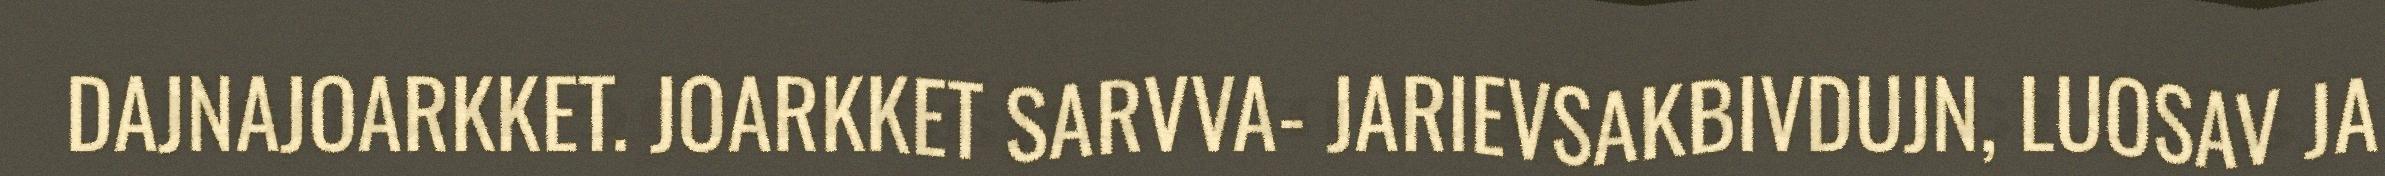
DAJNAJOARKKET. JOARKKET SARVVA- JARIEVSAKBIVDUJN, LUOSAV JA